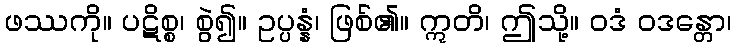
ဖဿကို။ ပဋိစ္စ၊ စွဲ၍။ ဥပ္ပန္နံ၊ ဖြစ်၏။ ဣတိ၊ ဤသို့။ ဝဒံ ဝဒန္တော၊